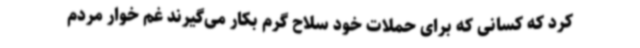
کرد که کسانی که برای حملات خود سلاح گرم بکار می‌گیرند غم خوار مردم